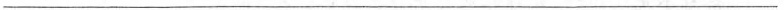
___